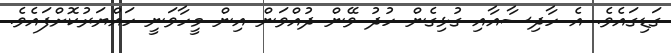
ގަޑިގައެވެ. އެ ހާދިސާއާއި ގުޅިގެން ހުދު ވޭން ދުއްވަން އިން މީހާވަނީ ހައްޔަރުކޮށްފައެވެ.